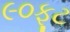
૯૦ફૂટ